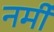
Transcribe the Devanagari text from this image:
नर्मी